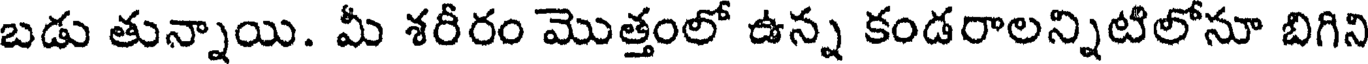
బడు తున్నాయి. మీ శరీరం మొత్తంలో ఉన్న కండరాలన్నిటిలోనూ బిగిని